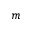
m